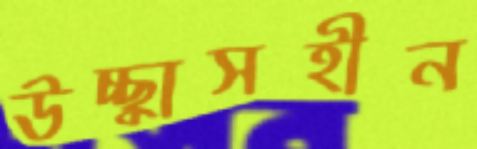
উচ্ছ্বাসহীন